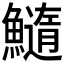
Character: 𩼂